Report of the Indian Hemp Drugs Commission, 1894-1895 - Volume VII
Year: 1894
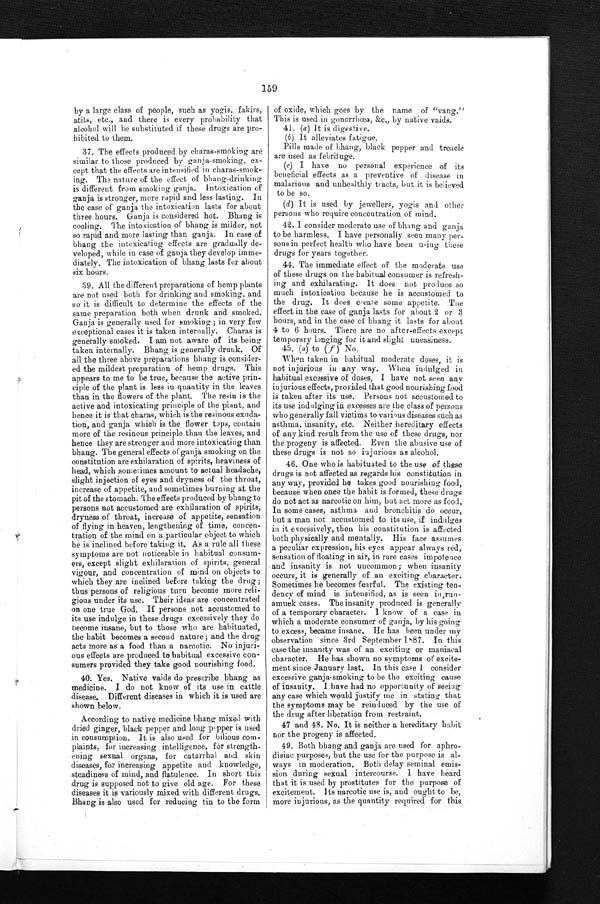
by a large class of people, such as yogis, fakirs,
atits, etc., and there is every probability that
alcohol will be substituted if these drugs are pro-
hibited to them.
37. The effects produced by charas-smoking are
similar to those produced by ganja-smoking, ex-
cept that the effects are intensified in charas-smok-
ing. The nature of the effect of bhang-drinking
is different from smoking ganja. intoxication of
ganja is stronger, more rapid and less lasting. In
the case of ganja the intoxication lasts for about
three hours. Ganja is considered hot. Bhang is
cooling. The intoxication of bhang is milder, not
so rapid and more lasting than ganja. In case of
bhang the intoxicating effects are gradually de-
veloped, while in case of ganja they develop imme-
diately. The intoxication of bhang lasts for about
six hours.
39. All the different preparations of hemp plants
are not used both for drinking and smoking, and
so it is difficult to determine the effects of the
same preparation both when drunk and smoked.
Ganja is generally used for smoking ; in very few
exceptional cases it is taken internally. Charas is
generally smoked. I am not aware of its being
taken internally. Bhang is generally drunk. Of
all the three above preparations bhang is consider-
ed the mildest preparation of hemp drugs. This
appears to me to be true, because the active prin-
ciple of the plant is less in quantity in the leaves
than in the flowers of the plant. The resin is the
active and intoxicating principle of the plant, and
hence it is that chains, which is the resinous exuda-
tion, and ganja which is the flower tops, contain
more of the resinous principle than the leaves, and
hence they are stronger and more intoxicating than
bhaug. The general effects of ganja smoking on the
constitution are exhilaration of spirits, heaviness of
head, which sometimes amount to actual headache,
slight injection of eyes and dryness of the throat,
increase of appetite, and sometimes burning at the
pit of the stomach. The effects produced by bhang to
persons not accustomed are exhilaration of spirits,
dryness of throat, increase of appetite, sensation
of flying in heaven, lengthening of time, concen-
tration of the mind on a particular object to which
he is inclined before taking it. As a rule all these
symptoms are not noticeable in habitual consum-
ers, except slight exhilaration of spirits, general
vigour, and concentration of mind on objects to
which they are inclined before taking the drug ;
thus persons of religious turn become more reli-
gious under its use. Their ideas are concentrated
on one true God. If persons not accustomed to
its use indulge in these drugs excessively they do
become insane, but to those who are habituated,
the habit becomes a second nature ; and the drug
acts more as a food than a narcotic. No injure-
ous effects are produced to habitaual excessive con-
sumers provided they take good nourishing food.
40. Yes. Native vaids do prescribe bhang as
medicine. I do not know of its use in cattle
disease. Different diseases in which it is used are
shown below.
According to native medicine bhang mixed with
dried ginger, black pepper and long pappers is used
in consumption. It is also used for bilious com-
plaints, for increasing intelligence, for strength-
ening sexual organs, for catarrhal ands skin
diseases, for increasing appetite and knowledge,
steadiness of mind, and flatulence. In short this
drug is supposed not to give old age. For these
diseases it is variously mixed with different drugs.
Bhang is also used for reducing tin to the form
of oxide, which goes by the name of "vang."
This is used in gonorrhœa, &c., by native vaids.
41. (a ) It is digestive.
(b) It alleviates fatigue.
Pills made of bhaug, black pepper and treacle
are used as febrifuge.
(c) I have no personal experience of its
beneficial effects as a preventive of disease in
malarious and unhealthly tracts, but it is believed
to be so.
(d) It is used by jewellers, yogis and other
persons who require concentration of mind.
42. I consider moderate use of bhang and ganja,
to be harmless. I have personally seen many per-
sons in perfect health who have been using these
drugs for years together.
44. The immediate effect of the moderate use
of these drugs on the habitual consumer is refresh-
ing and exhilarating. It does not produce so
much intoxication because he is accustomed to
the drug. It does create some appetite. The
effect in the case of ganja lasts for about 2 or 3
hours, and in the case of bhang it lasts for about
4 to 6 hours. There are no after-effects except
temporary longing for it and slight uneasiness.
45. ( a ) to ( f ) No.
When taken in habitual moderate doses, it is
not injurious in any way. When indulged in
habitual excessive of doses, I have not seen any
injurious effects, provided that good nourishing food
is taken after its use. Persons not accustomed to
its use indulging in excesses are the class of persons
who generally fall victims to various diseases such as
asthma, insanity, etc. Neither hereditary effects
of any kind result from the use of these drugs, nor
the progeny is affected. Even the abusive use of
these drugs is not so injurious as alcohol.
46. One who is habituated to the use of these
drugs is not affected as regards his constitution in
any way, provided he takes good nourishing food,
because when once the habit is formed, these drugs
do not act as narcotic on him, but act more as food.
In some cases, asthma and bronchitis do occur,
but a man not accustomed to its use, if indulges
in it excessively, then his constitution is affected
both physically and mentally. His face assumes
a peculiar expression, his eyes appear always red,
sensation of floating in air, in rare cases impotence
and insanity is not uncommon ; when insanity
occurs, it is generally of an exciting character.
Sometimes he becomes fearful. The existing ten-
dency of mind is intensified, as is seen
i n r u n -
amuek cases. The insanity produced is generally
of a temporary character. I know of a case in
which a moderate consumer of ganja, by his going
to excess, became insane. He has been under my
observation since 3rd September 1887. In this
case the insanity was of an exciting or maniacal
character. He has shown no symptoms of excite-
ment since January last. In this case I consider
excessive ganja smoking to be the exciting cause
of insanity. I have had no opportunity of seeiag
any case which would justify me in stating that
the symptoms may be reinduced by the use of
the drug after liberation from restraint.
47 and 48. No. It is neither a hereditary habits
nor the progeny is affected.
49. Both bhang and ganja are used for aphro-
disiac purposes, but the use for the purpose is al-
ways in moderation. Both delay seminal emis-
sion during sexual intercourse. I have heard
that it is used by prostitutes for the purpose of
excitement. Its narcotic use is, and ought to be,
more injurious, as the quantity required for this